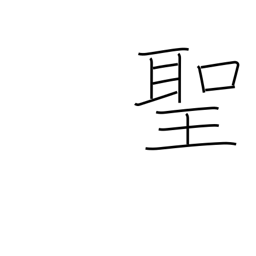
Meaning: priest